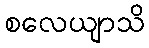
စလေယျာသိ